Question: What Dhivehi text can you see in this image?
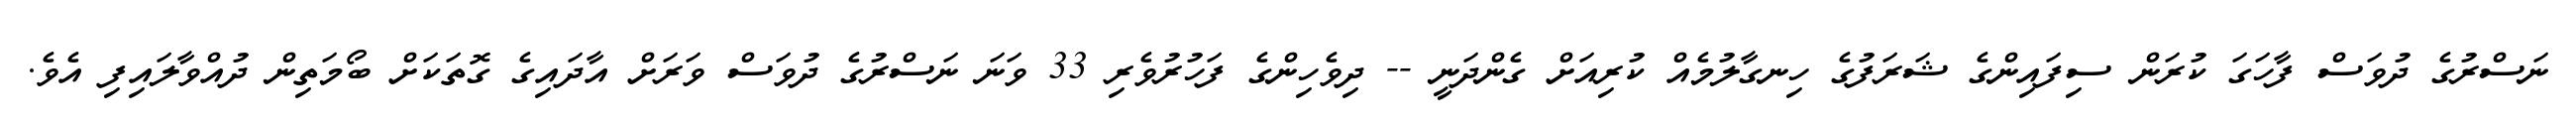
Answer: ނަސްރުގެ ދުވަސް ފާހަގަ ކުރަން ސިފައިންގެ ޝަރަފުގެ ހިނގާލުމެއް ކުރިއަށް ގެންދަނީ -- ދިވެހިންގެ ފަހުރުވެރި 33 ވަނަ ނަސްރުގެ ދުވަސް ވަރަށް އާދައިގެ ގޮތަކަށް ބޯމަތިން ދުއްވާލައިފި އެވެ.